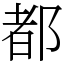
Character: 都